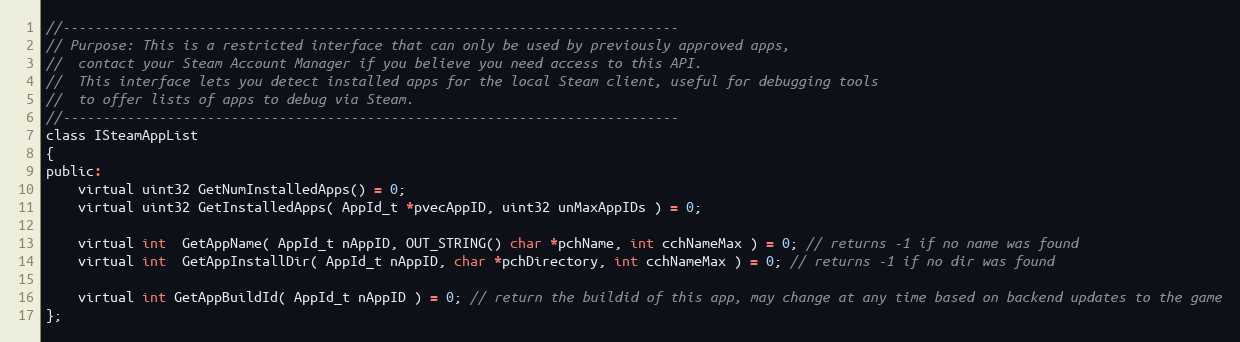
Language: C
//-----------------------------------------------------------------------------
// Purpose: This is a restricted interface that can only be used by previously approved apps,
//	contact your Steam Account Manager if you believe you need access to this API.
//	This interface lets you detect installed apps for the local Steam client, useful for debugging tools
//	to offer lists of apps to debug via Steam.
//-----------------------------------------------------------------------------
class ISteamAppList
{
public:
	virtual uint32 GetNumInstalledApps() = 0;
	virtual uint32 GetInstalledApps( AppId_t *pvecAppID, uint32 unMaxAppIDs ) = 0;

	virtual int  GetAppName( AppId_t nAppID, OUT_STRING() char *pchName, int cchNameMax ) = 0; // returns -1 if no name was found
	virtual int  GetAppInstallDir( AppId_t nAppID, char *pchDirectory, int cchNameMax ) = 0; // returns -1 if no dir was found

	virtual int GetAppBuildId( AppId_t nAppID ) = 0; // return the buildid of this app, may change at any time based on backend updates to the game
};